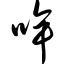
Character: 哞